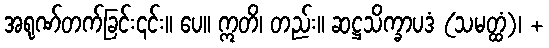
အရုဏ်တက်ခြင်း၎င်း။ ပေ။ ဣတိ၊ တည်း။ ဆဋ္ဌသိက္ခာပဒံ (သမတ္ထံ)၊ +